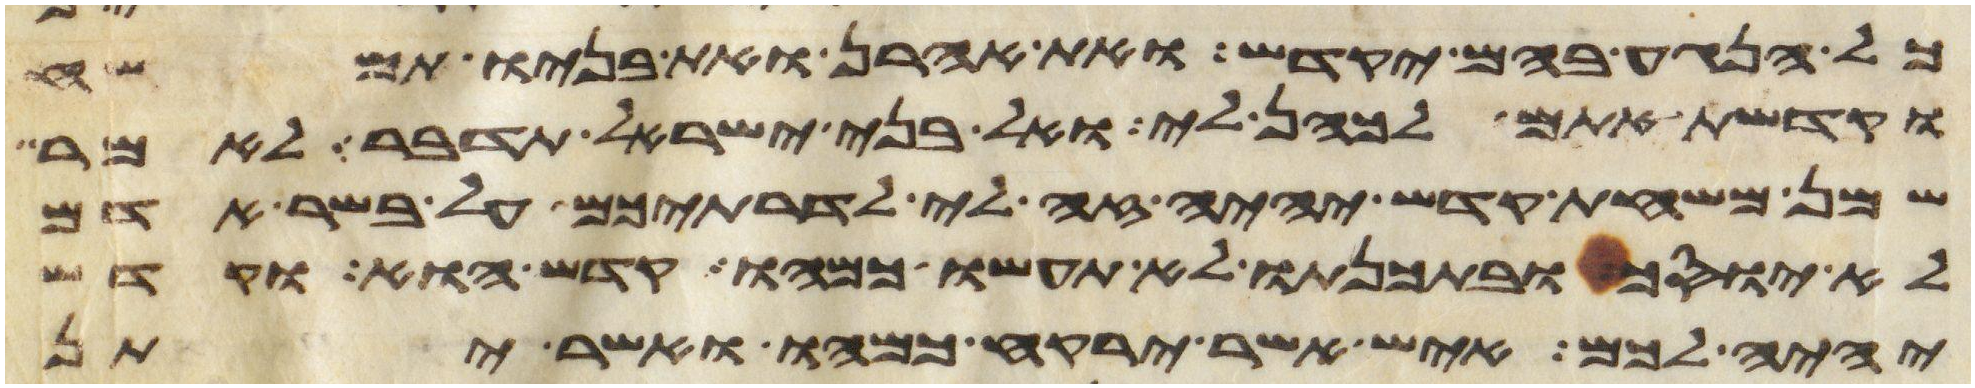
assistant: כל הנגע בהם יקדש ואת אהרן ואת בניו תמשח
וקדשת אתם לכהן לי ואל בני ישראל תדבר לאמר
שמן משחת קדש יהיה זה לי לדרתיכם על בשר אדם
לא יוסך ובתכנתו לא תעשו כמהו קדש הוא וקדש
יהיה לכם איש אשר ירקח כמהו ואשר יתן